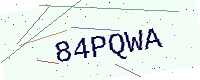
Text: 84PQWA